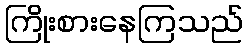
ကြိုးစားနေကြသည်